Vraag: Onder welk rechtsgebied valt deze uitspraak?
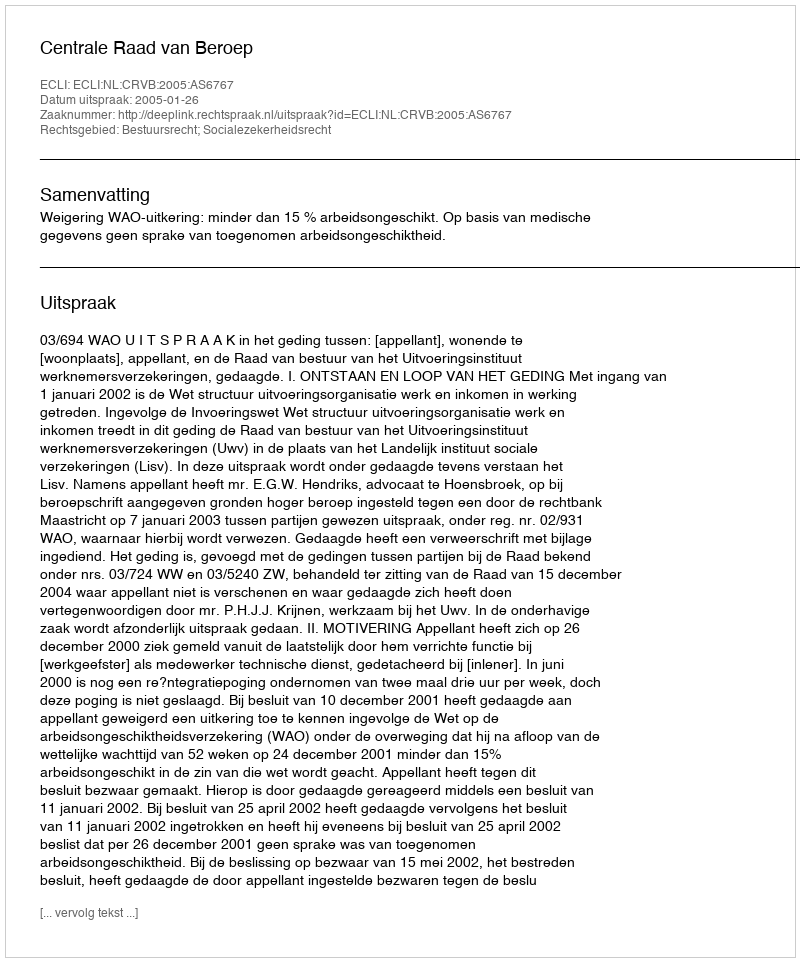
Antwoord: Bestuursrecht; Socialezekerheidsrecht